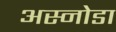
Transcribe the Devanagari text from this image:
अस्नोडा